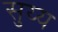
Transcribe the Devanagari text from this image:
सुय्य